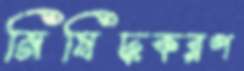
নিষিদ্ধকরণ